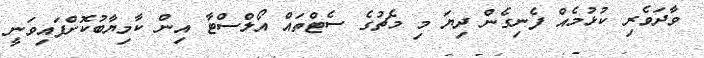
ވާދަވެރި ކުޅުމެއް ފެނިގެން ދިޔަ މި މެޗުގެ ސެޓްތައް އޯލްސްޓާ އިން ކާމިޔާބުކޮށްފައިވަނީ